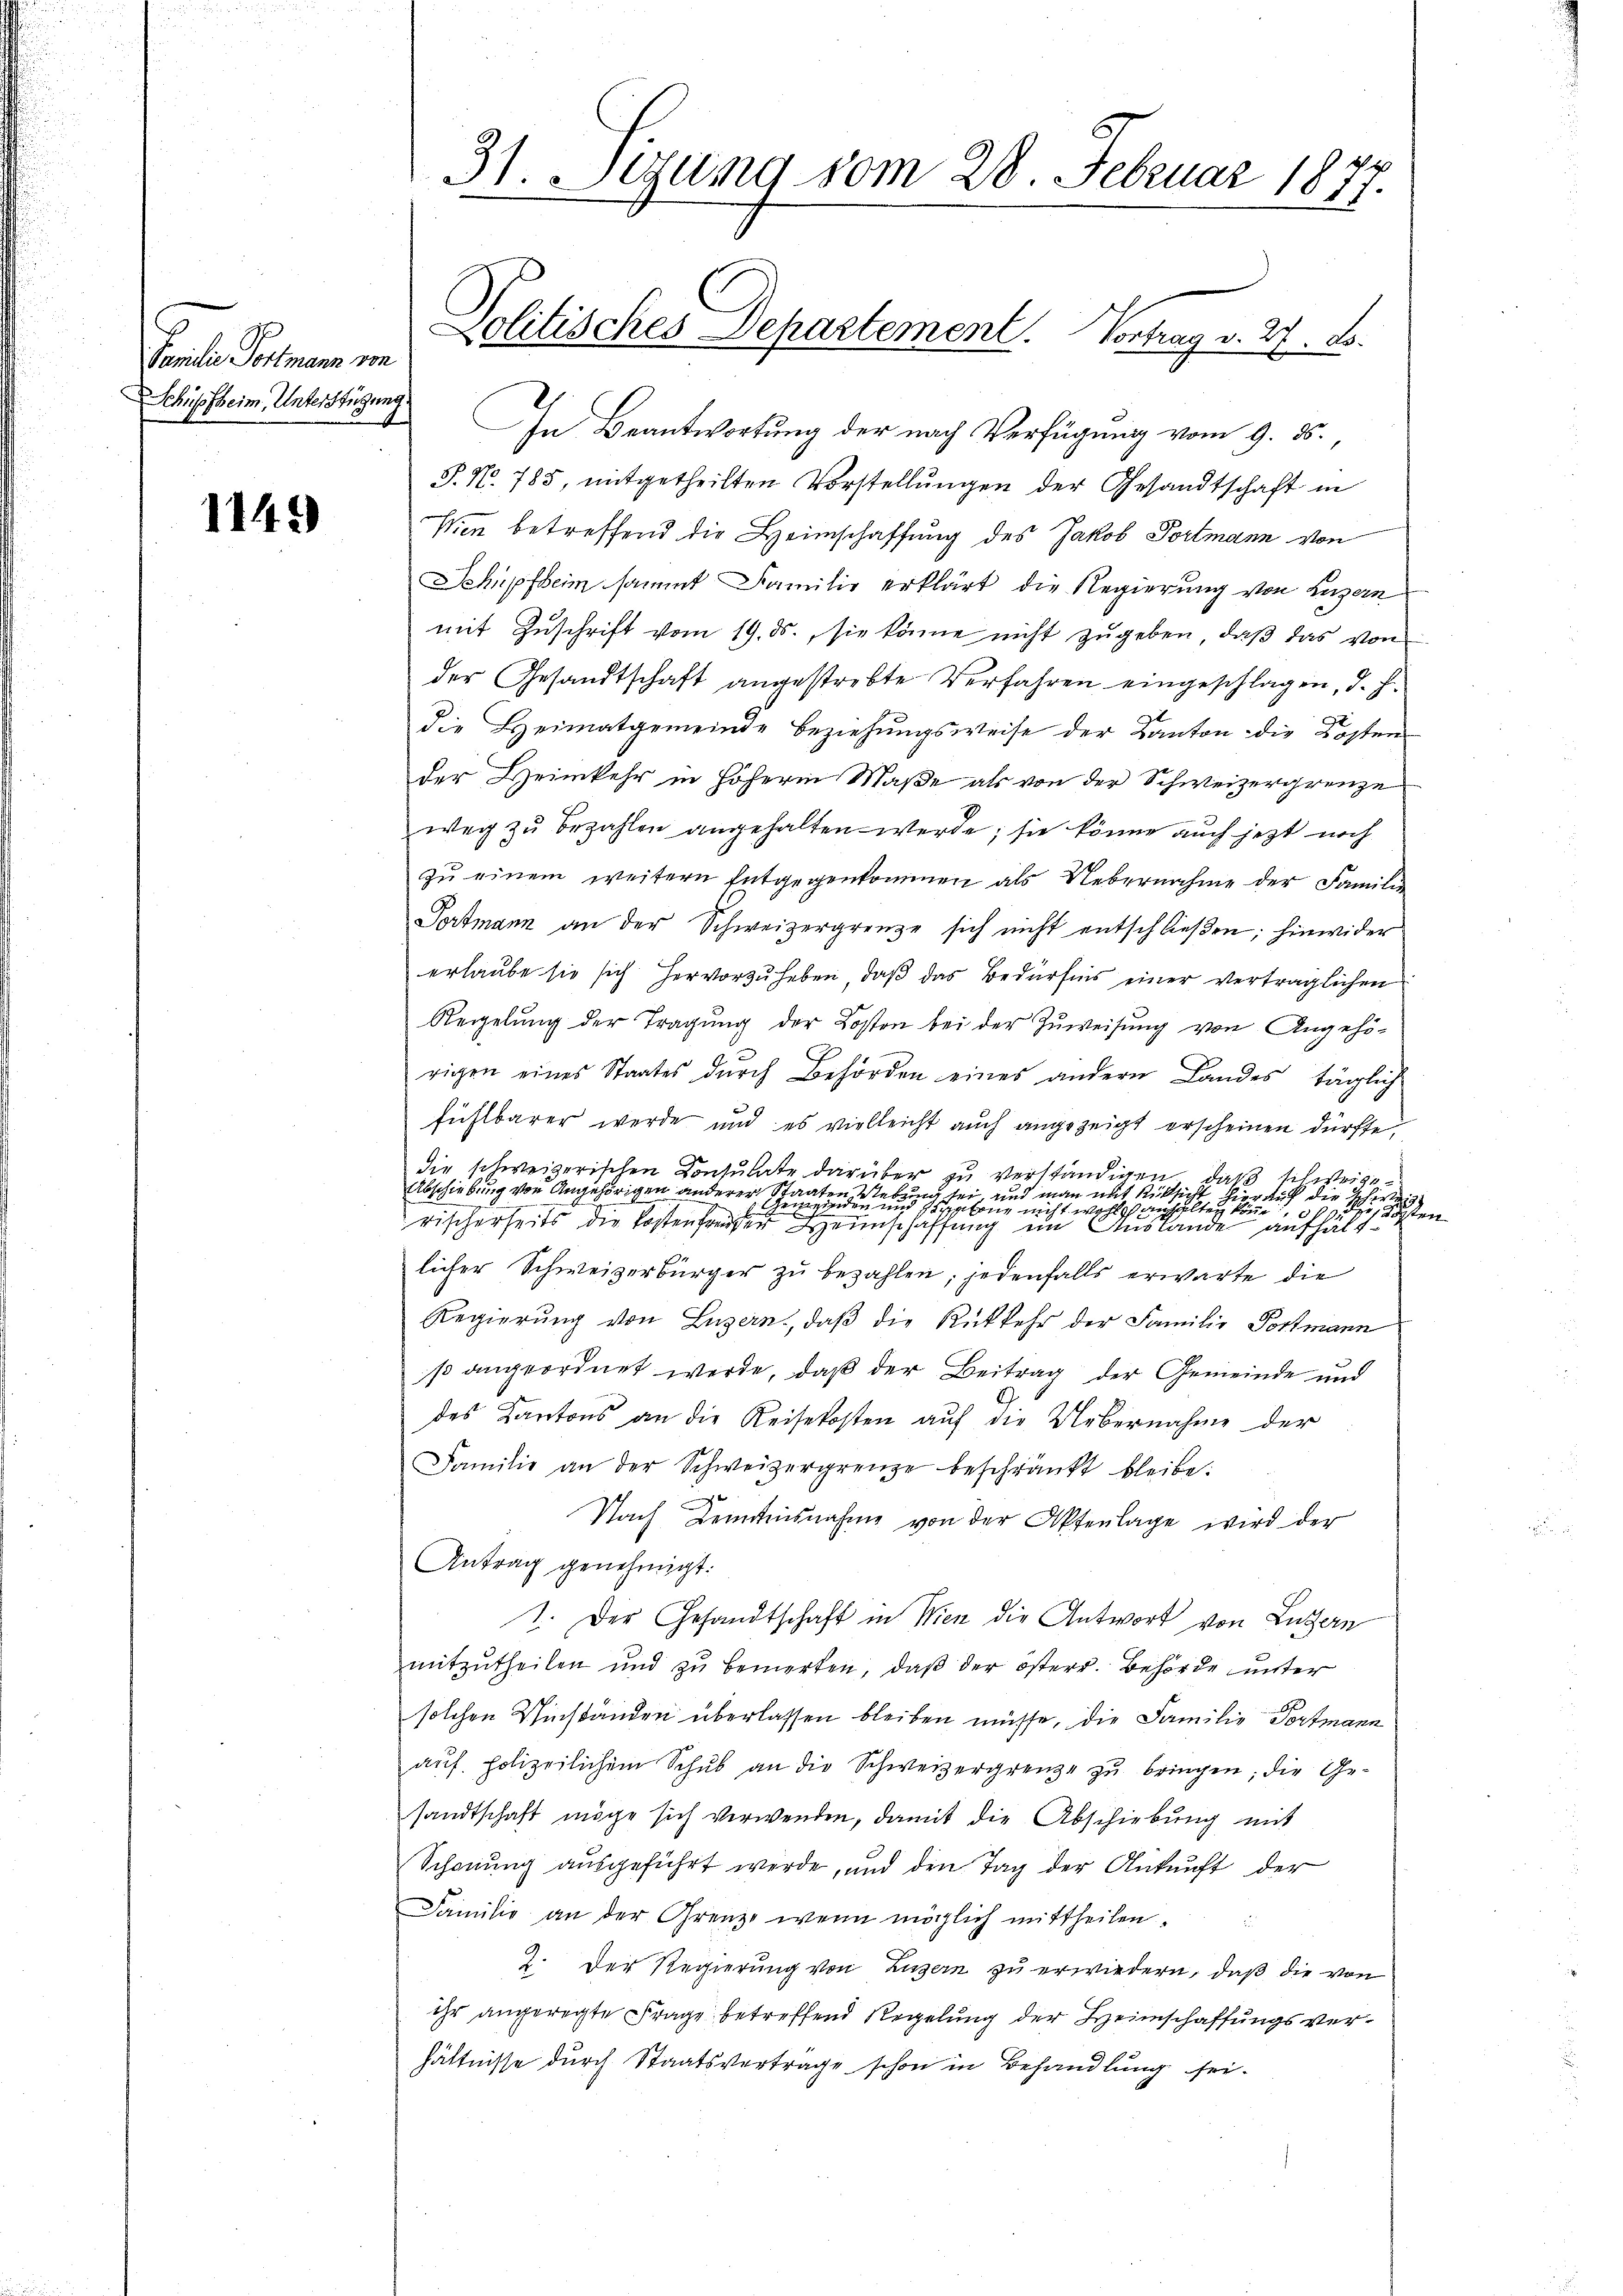
Tante Peten in
Schüpfheim, Unterstützung

1145)

31. Lesung vom 28. Februar 1877.

In Beantwortung der nach Verfügung vom 9. 55.,
P. N. 785, mitgetheilten Vorstellungen der Gesandtschaft in
Wien betreffend die Heimschaffung des Jakob Portmann von
Schüpfheim sammt Familie erklärt die Regierung von Luzern
mit Zuschrift vom 19. ds., sie könne nicht zugeben, daß das von
der Gesandtschaft angestrebte Verfahren eingeschlagen, d. h.
die Heimatgemeinde Beziehungsweise der Kanton die Kosten
der Heimkehr in höherm Maße als von der Schweizergrenze
weg zŭ bezahlen angehalten werde; sie könne auch jetzt noch
zu einem weitern Entgegenkommen als Uebernahme der Familie
Portmann an der Schweizergrenze sich nicht entschließen; hinwider
erlaube sie sich hervorzuheben, daß das Bedürfnis einer verträglichen
Regelung der Tragung der Kosten bei der Zuweisung von Angehö-
rigen eines Staates dŭrch Behörden eines andern Landes täglich
fühlbarer werde und es vielleicht auch angezeigt erscheinen dürfte,
die schweizerischen Consulate darüber zu verständigen, daß schweige¬
Abschiebung von Angehörigen anderer
raten.
Tuch sei, und man mit Rücksicht hier auf die schweiz
u

Sirateur nicht wohl anhalten kein, oder Kosten
rischerheits die Kostenfreier einschaffung im Auslande aufhältlicher Schweizerbürger zu bezahlen; jedenfalls erwarte die
Regierŭng von Luzern, daβ die Rückkehr der Familie Portmann
so angeordnet werde, daß der Beitrag der Gemeinde und
des Kantons an die Reisekosten aŭf die Uebernahme der
Familie an der Schweizergrenze beschränkt bleibe.
x
Nach Benntnisnahme von der Aktenlage wird der
Antrag genehmigt.
1. Der Gesandtschaft in Wien die Antwort von Luzern
mitzutheilen und zu bemerken, daß der österr. Behörde unter
solchen Winständen überlassen bleiben müsse, die Familie Portmann
auf. polizeilichem Schub an die Schweizergrenze zu bringen; die Gesandtschaft möge sich verwenden, damit die Abschiebung mit
Schonung ausgeführt werde, und den Tag der Ankunft der
Familie an der Grenze wenn möglich mittheilen.
2. Der Regierung von Luzern zu erwiedern, daß die von
ihr angeregte Frage betreffend Regelung der Heimschaffungsverhältnisse durch Staatsvertrage schon in Behandlung sei.

Politisches Departement. Vortrag v. 27. d.